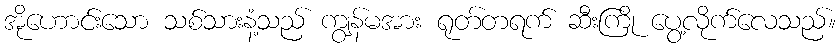
အိုဟောင်းသော သစ်သားနံ့သည် ကျွန်မအား ရုတ်တရက် ဆီးကြို ပွေ့လိုက်လေသည်။